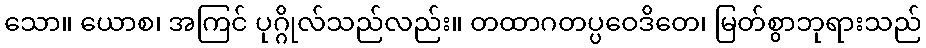
သော။ ယောစ၊ အကြင် ပုဂ္ဂိုလ်သည်လည်း။ တထာဂတပ္ပဝေဒိတေ၊ မြတ်စွာဘုရားသည်